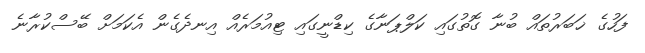
ފަހުގެ ޚަބަރުތައް ބުނާ ގޮތުގައި ކަލްޕަނާގެ ކިޑްނީގައި ޓިއުމަރެއް އިނދެގެން އެކަމަށް ބޭސްކުރާނެ